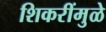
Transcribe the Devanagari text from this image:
शिकरींमुळे